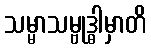
သမ္မာသမ္ဗုဒ္ဓါမှာတိ